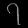
Digit: ၇